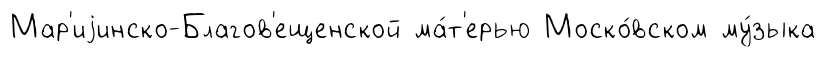
Мар'иjинско-Благов'ещенской ма́т'ерью Моско́вском му́зыка